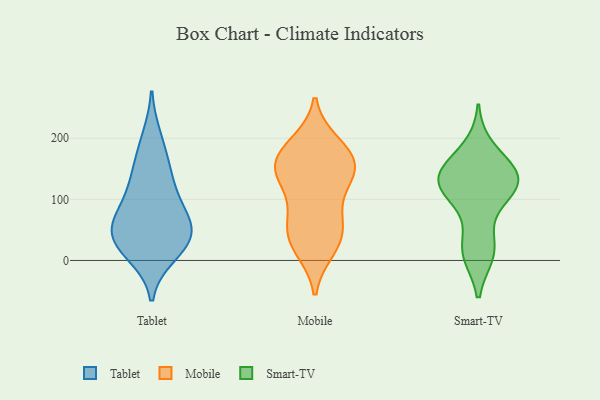
{"axis": {"x": "Latency (ms)", "y": "Value"}, "legend": ["Mobile", "Smart-TV", "Tablet"], "data": [{"x": "", "y": 26, "type": "Tablet"}, {"x": "", "y": 11, "type": "Tablet"}, {"x": "", "y": 52, "type": "Tablet"}, {"x": "", "y": 137, "type": "Tablet"}, {"x": "", "y": 44, "type": "Tablet"}, {"x": "", "y": 77, "type": "Tablet"}, {"x": "", "y": 27, "type": "Tablet"}, {"x": "", "y": 79, "type": "Tablet"}, {"x": "", "y": 46, "type": "Tablet"}, {"x": "", "y": 159, "type": "Tablet"}, {"x": "", "y": 112, "type": "Tablet"}, {"x": "", "y": 200, "type": "Tablet"}, {"x": "", "y": 68, "type": "Mobile"}, {"x": "", "y": 28, "type": "Mobile"}, {"x": "", "y": 149, "type": "Mobile"}, {"x": "", "y": 126, "type": "Mobile"}, {"x": "", "y": 187, "type": "Mobile"}, {"x": "", "y": 166, "type": "Mobile"}, {"x": "", "y": 72, "type": "Mobile"}, {"x": "", "y": 129, "type": "Mobile"}, {"x": "", "y": 31, "type": "Mobile"}, {"x": "", "y": 19, "type": "Mobile"}, {"x": "", "y": 165, "type": "Mobile"}, {"x": "", "y": 56, "type": "Mobile"}, {"x": "", "y": 157, "type": "Mobile"}, {"x": "", "y": 191, "type": "Mobile"}, {"x": "", "y": 144, "type": "Mobile"}, {"x": "", "y": 100, "type": "Smart-TV"}, {"x": "", "y": 151, "type": "Smart-TV"}, {"x": "", "y": 115, "type": "Smart-TV"}, {"x": "", "y": 137, "type": "Smart-TV"}, {"x": "", "y": 142, "type": "Smart-TV"}, {"x": "", "y": 13, "type": "Smart-TV"}, {"x": "", "y": 18, "type": "Smart-TV"}, {"x": "", "y": 126, "type": "Smart-TV"}, {"x": "", "y": 125, "type": "Smart-TV"}, {"x": "", "y": 20, "type": "Smart-TV"}, {"x": "", "y": 182, "type": "Smart-TV"}, {"x": "", "y": 134, "type": "Smart-TV"}]}